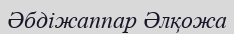
Əбдіжаппар Əлқожа